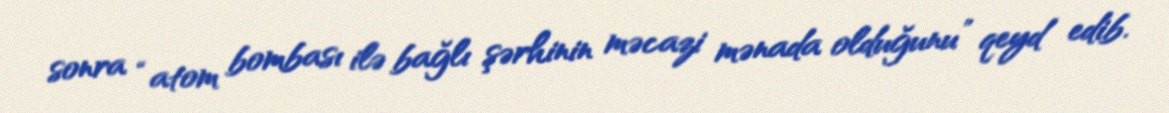
sonra “atom bombası ilə bağlı şərhinin məcazi mənada olduğunu” qeyd edib.